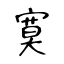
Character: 寞